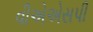
વીએએસપી